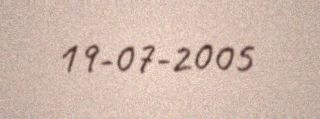
19-07-2005